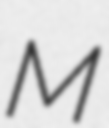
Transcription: M